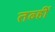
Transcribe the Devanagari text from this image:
तब्हीं